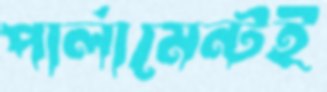
পার্লামেন্টই